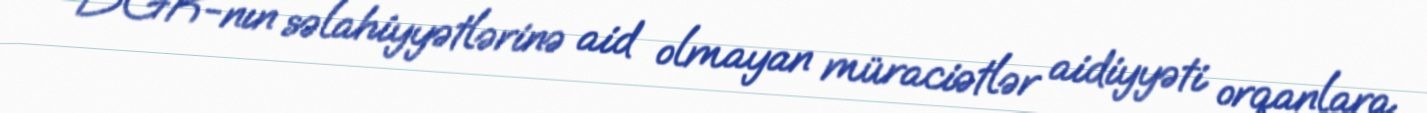
DGK-nın səlahiyyətlərinə aid olmayan müraciətlər aidiyyəti orqanlara